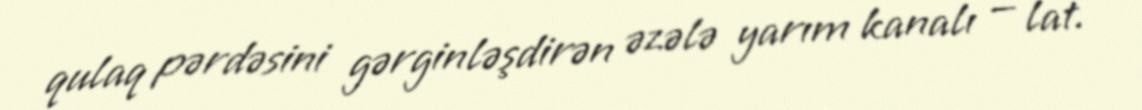
qulaq pərdəsini gərginləşdirən əzələ yarım kanalı — lat.